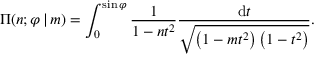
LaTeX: \Pi ( n ; \varphi \, | \, m ) = \int _ { 0 } ^ { \sin \varphi } { \frac { 1 } { 1 - n t ^ { 2 } } } { \frac { \mathrm { d } t } { \sqrt { \left( 1 - m t ^ { 2 } \right) \left( 1 - t ^ { 2 } \right) } } } .